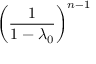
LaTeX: \left( { \frac { 1 } { 1 - \lambda _ { 0 } } } \right) ^ { n - 1 }